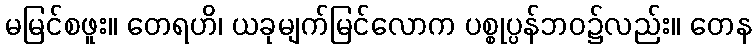
မမြင်စဖူး။ တေရဟိ၊ ယခုမျက်မြင်လောက ပစ္စုပ္ပန်ဘဝ၌လည်း။ တေန